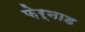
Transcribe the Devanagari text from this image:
फ़ेर्नाड